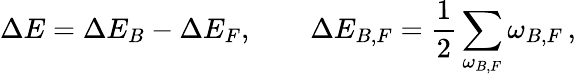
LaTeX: \Delta E=\Delta E_{B}-\Delta E_{F},\qquad\Delta E_{B,F}=\frac 12\sum_{\omega_{B,F}}\omega_{B,F}\, ,